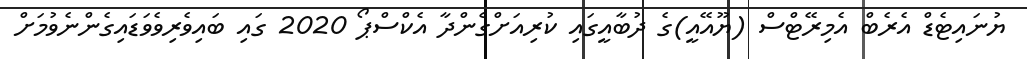
ޔުނައިޓެޑް އެރެބް އެމިރޭޓްސް (ޔޫއޭއީ)ގެ ދުބާއީގައި ކުރިއަށްގެންދާ އެކްސްޕޯ 2020 ގައި ބައިވެރިވެވަޑައިގެންނެވުމަށް